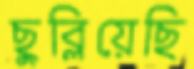
ছুব্‌লিয়েছি